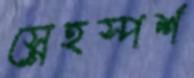
স্নেহস্পর্শ